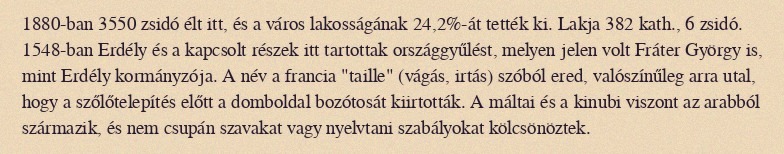
1880-ban 3550 zsidó élt itt, és a város lakosságának 24,2%-át tették ki. Lakja 382 kath., 6 zsidó. 1548-ban Erdély és a kapcsolt részek itt tartottak országgyűlést, melyen jelen volt Fráter György is, mint Erdély kormányzója. A név a francia "taille" (vágás, irtás) szóból ered, valószínűleg arra utal, hogy a szőlőtelepítés előtt a domboldal bozótosát kiirtották. A máltai és a kinubi viszont az arabból származik, és nem csupán szavakat vagy nyelvtani szabályokat kölcsönöztek.